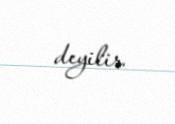
deyilir.